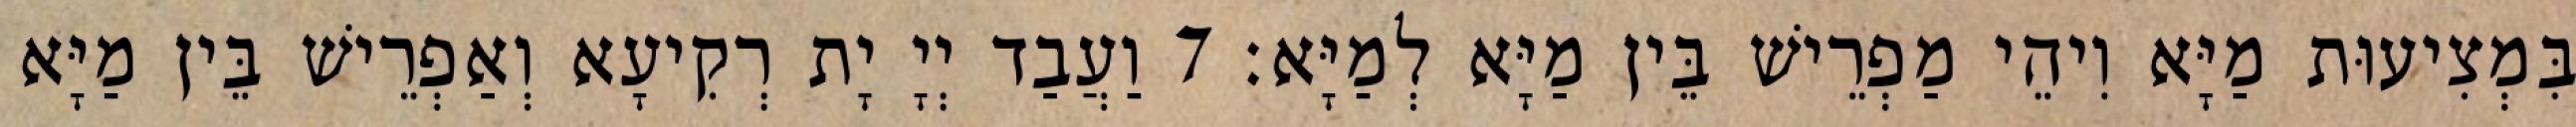
בִּמְצִיעוּת מַיָּא וִיהֵי מַפְרֵישׁ בֵּין מַיָּא לְמַיָּא׃ 7 וַעֲבַד יְיָ יָת רְקִיעָא וְאַפְרֵישׁ בֵּין מַיָּא